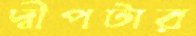
দ্বীপটার